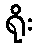
ရိုး